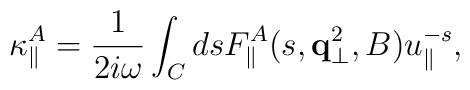
\kappa^A_{\parallel}= {1 \over 2i \omega} \int_C dsF^A_{\parallel}(s,{\bf q}_{\bot}^2,B)u_{\parallel}^{-s},